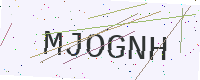
Text: MJOGNH